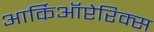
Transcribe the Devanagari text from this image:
आर्किऑप्टेरिक्स